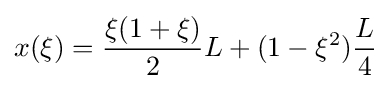
x(\xi )={\frac {\xi (1+\xi )}{2}}L+(1-\xi ^{2}){\frac {L}{4}}